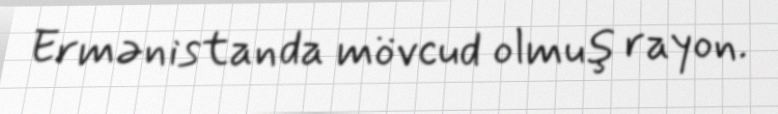
Ermənistanda mövcud olmuş rayon.